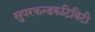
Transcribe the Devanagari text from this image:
सुपरकन्डकटिविटी